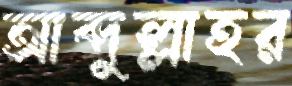
আব্দুল্লাহর